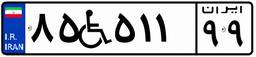
۲۱W۲۲۷۶۳